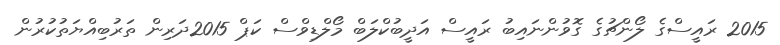
2015 ރައީސްގެ ލޯންޗުގެ ގޮވުންނައިބު ރައީސް އަދީބުކްލަބް މޯލްޑިވްސް ކަޕް 2015ދަރިން ތަރުބިއްޔަތުކުރުން